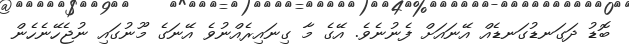
ބޮޑު ދަގަނޑުގަނޑެއް އޭނައަށް ފެނުނެވެ. އޭގެ މާ ގިނައިރެއްނުވެ އޭނަގެ މޫނުގައި ނުޖެހޭނެހެން